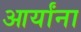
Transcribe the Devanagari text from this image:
आर्यांना